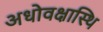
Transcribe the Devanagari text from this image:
अधोवक्षास्थि